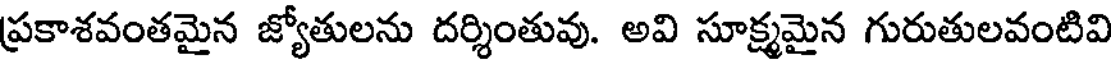
ప్రకాశవంతమైన జ్యోతులను దర్శింతువు. అవి సూక్ష్మమైన గురుతులవంటివి